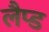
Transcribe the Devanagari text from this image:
लैप्ड